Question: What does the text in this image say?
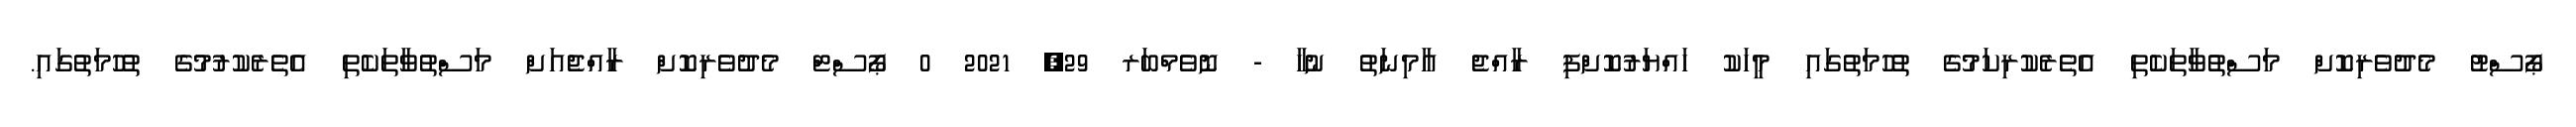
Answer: ޕޯސްޓު މެދުވެރިކޮށް މަސްތުވާތަކެތި އެތެރެކުރިކަމުގެ ތުހުމަތުގައި މީހަކު ހައްޔަރުކޮށްފި ރާއްޖެ އާމިނަތު ނުހާ - ނޮވެމްބަރ 29, 2021 0 ޕޯސްޓް މެދުވެރިކޮށް ރާއްޖެއަށް މަސްތުވާތަކެތި އެތެރެކުރުމުގެ ތުހުމަތުގައި.